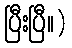
ပြီးပြီ။)